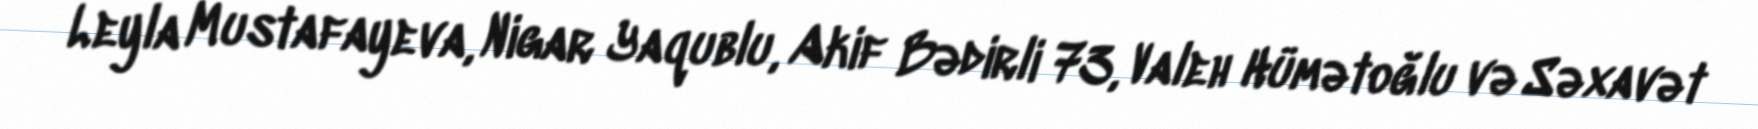
Leyla Mustafayeva, Nigar Yaqublu, Akif Bədirli 73, Valeh Hümətoğlu və Səxavət